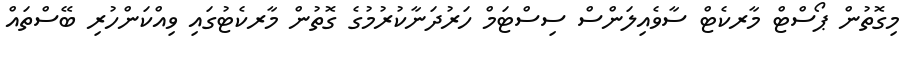
މިގޮތުން ޕޯސްޓް މާރކެޓް ސާވެއިލަންސްްް ސިސްޓަމް ހަރުދަނާކުރުމުގެ ގޮތުން މާރކެޓުގައި ވިއްކަންހުރި ބޭސްތައް